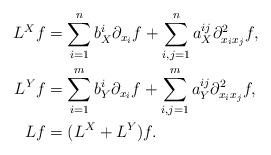
LaTeX: \begin{align*} L^X f &= \sum_{i=1}^n b_X^i \partial_{x_i} f + \sum_{i,j=1}^n a_X^{ij} \partial_{x_i x_j}^2 f, \\ L^Y f &= \sum_{i=1}^m b_Y^i \partial_{x_i} f + \sum_{i,j=1}^m a_Y^{ij} \partial_{x_i x_j}^2 f, \\ L f &= (L^X + L^Y)f.\end{align*}